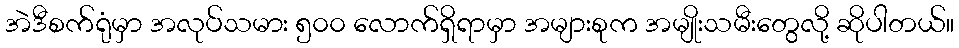
အဲဒီစက်ရုံမှာ အလုပ်သမား ၅၀၀ လောက်ရှိရာမှာ အများစုက အမျိုးသမီးတွေလို့ ဆိုပါတယ်။